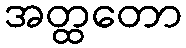
အတ္ထတော